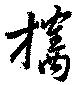
攜